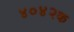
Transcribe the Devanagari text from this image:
४०४२क